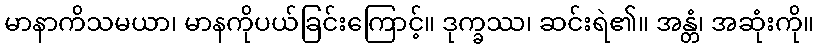
မာနာကိသမယာ၊ မာနကိုပယ်ခြင်းကြောင့်။ ဒုက္ခဿ၊ ဆင်းရဲ၏။ အန္တံ၊ အဆုံးကို။